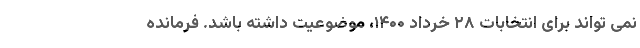
نمی تواند برای انتخابات ۲۸ خرداد ۱۴۰۰، موضوعیت داشته باشد. فرمانده